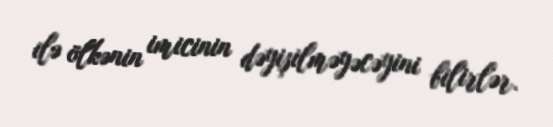
ilə ölkənin imicinin dəyişilməyəcəyini bilirlər.